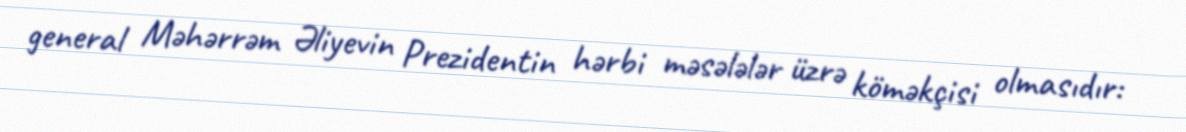
general Məhərrəm Əliyevin Prezidentin hərbi məsələlər üzrə köməkçisi olmasıdır: